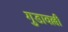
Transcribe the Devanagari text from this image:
गुडावल्ली